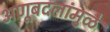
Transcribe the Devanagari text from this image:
अणूबदलांमुळे